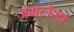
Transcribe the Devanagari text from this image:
अभलेख